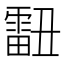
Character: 𰀞